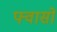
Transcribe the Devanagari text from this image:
फ्वासो